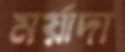
মর্য়াদা